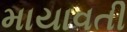
માયાવતી